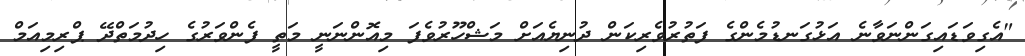
"އެގިވަޑައިގަންނަވާނެ އަޅުގަނޑުމެންގެ ފަތުރުވެރިކަން ދުނިޔެއަށް މަޝްހޫރުވެފަ މިއޮންނަނީ މަތީ ފެންވަރުގެ ހިދުމަތްދޭ ޕްރިމިއަމް